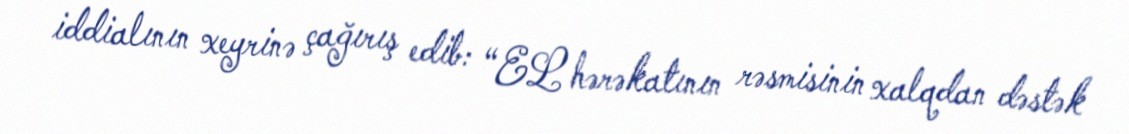
iddialının xeyrinə çağırış edib: “EL hərəkatının rəsmisinin xalqdan dəstək